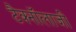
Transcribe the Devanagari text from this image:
टैक्नॉलाजी